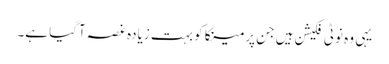
یہی وہ نوٹی فکیشن ہیں جن پر مینکا کو بہت زیادہ غصہ آگیا ہے۔